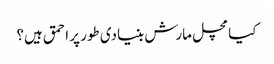
کیا مچل مارش بنیادی طور پر احمق ہیں؟